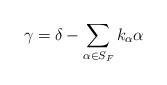
LaTeX: \begin{align*}\gamma=\delta-\sum_{\alpha\in S_{F}}k_{\alpha}\alpha\end{align*}